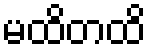
မထိတထိ